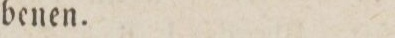
benen.